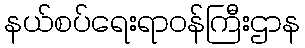
နယ်စပ်ရေးရာဝန်ကြီးဌာန